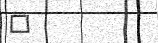
٧